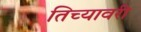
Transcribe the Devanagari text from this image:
तिच्यावरी